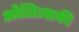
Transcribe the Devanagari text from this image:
ओलित्सकी